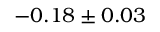
- 0 . 1 8 \pm 0 . 0 3